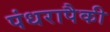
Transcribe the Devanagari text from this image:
पंधरापैकी